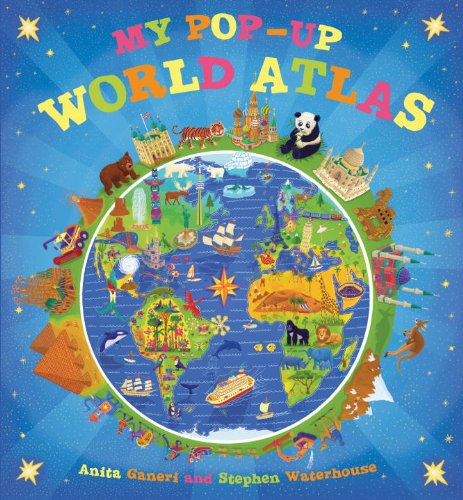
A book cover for My Pop-up World Atlas; Anita Ganeri; Reference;